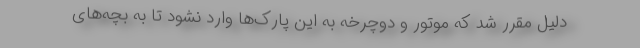
دلیل مقرر شد که موتور و دوچرخه به این پارک‌ها وارد نشود تا به بچه‌های